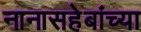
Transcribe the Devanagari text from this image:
नानासहेबांच्या